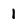
Character: 1